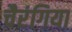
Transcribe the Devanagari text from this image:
चैरंगिया